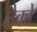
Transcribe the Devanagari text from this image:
लेकों